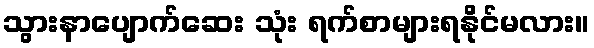
သွားနာပျောက်ဆေး သုံး ရက်စာများရနိုင်မလား။